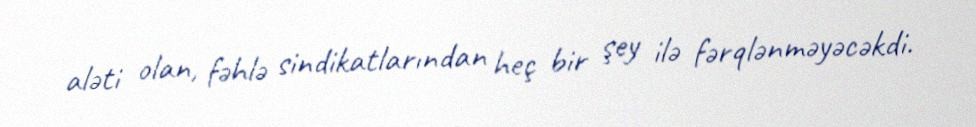
aləti olan, fəhlə sindikatlarından heç bir şey ilə fərqlənməyəcəkdi.